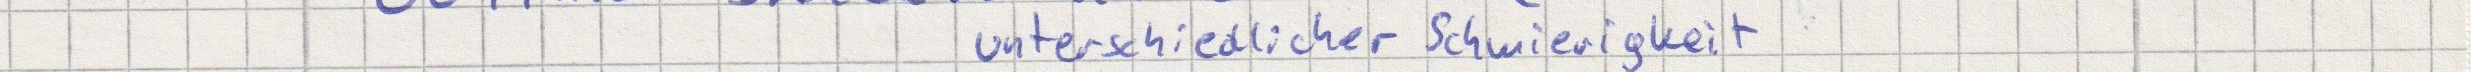
unterschiedlicher Schwierigkeit